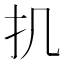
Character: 𢩫